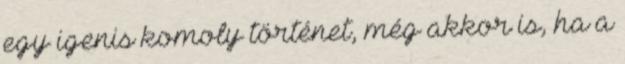
egy igenis komoly történet, még akkor is, ha a